Indian Medical Review
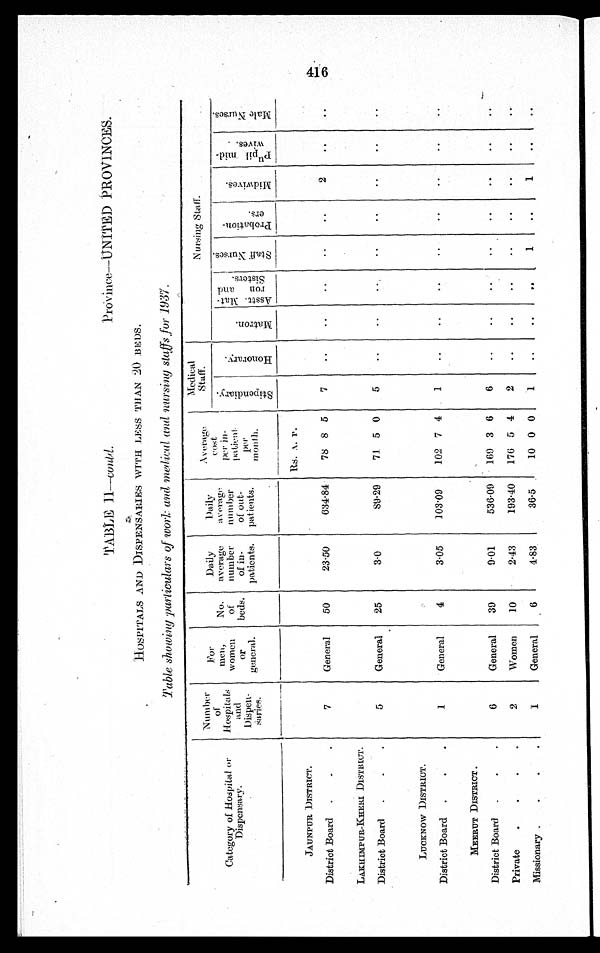
TABLE II—conld. Province--UNITED PROVINCES.
HOSPITALS AND DISPENSARIES WITH LESS THAN 2O BE DS.
Table showing particulars of work and medical and nursing staffs for 1937.
Category of Hospital or
Dispensary.
Number
of
Hospitals
and
Dispensaries.
For
men,
women
or
general.
No.
of
beds.
Daily
average
number
of in-
patients.
Daily
average
number
of out-
patients.
Average
cost
p e r i n -
patient
per month.
Medical
Staff.
Nursing Staff.
S t i p e n d i a r y .
H o n o r a r y .
M a t r o n . A s s t t . M a t r o n a n d S i s t e r s .
S t a f f N u r s e s .
Pr o b a t i o n - e r s .
Mi dwi ves Pu p i l mi d - wi v e s .
M a l e N u r s e s .
Rs. A. P.
JAUNPUR DISTRICT.
District Board
7
General
50
23·50
634·84
78 8 5
7
2
LAKHIMPUR-KHERI DISTRICT.
District Board
5
General
25
3·0
89·29
71 5 0
5
LUCKNOW DISTRICT.
District Board
1
General
4
3·05
103·09
102 7 4
1
MEERUT DISTRICT.
District Board
6
General
39
9·01
536·09
169 3 6
6
Private
2
Women
10
2·43
193·40
176 5 4
2
Missionary
1
General
6
4·83
36·5
10 0 0
1
1
1
416